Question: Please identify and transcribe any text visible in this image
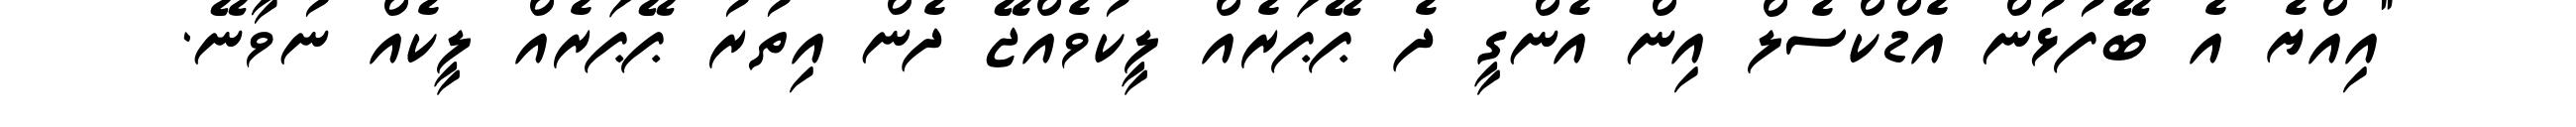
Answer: "އިއްޔެ އެ ބޭފުޅުން އެޑްކްސެލް އިން އެންގީ ދެ ޕޭޕަރެއް ލީކުވެއްޖޭ ދެން އިތުރު ޕޭޕަރެއް ލީކެއް ނުވާނޭ.